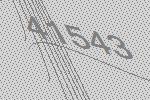
41543